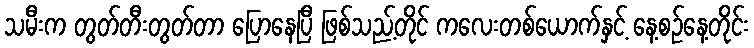
သမီးက တွတ်တီးတွတ်တာ ပြောနေပြီ ဖြစ်သည့်တိုင် ကလေးတစ်ယောက်နှင့် နေ့စဉ်နေ့တိုင်း